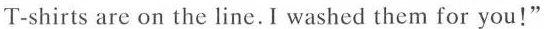
T-shirts are on the line.I washed them for you!"